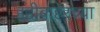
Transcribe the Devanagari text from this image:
हद्दीबाहेरच्या